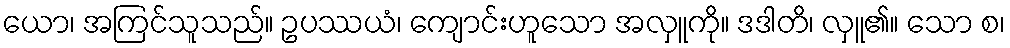
ယော၊ အကြင်သူသည်။ ဥပဿယံ၊ ကျောင်းဟူသော အလှူကို။ ဒဒါတိ၊ လှူ၏။ သော စ၊